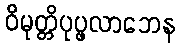
ဝိမုတ္တိပုပ္ဖလာဘေန